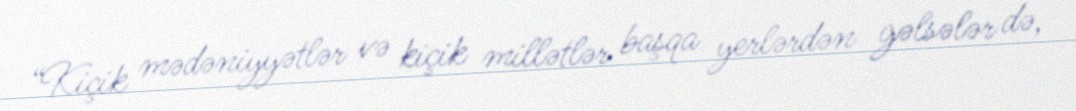
“Kiçik mədəniyyətlər və kiçik millətlər başqa yerlərdən gəlsələr də,